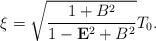
LaTeX: \begin{align*}\xi=\sqrt{\frac{1+B^{2}}{1-{\bf E}^{2}+B^{2}}}T_{0}.\end{align*}